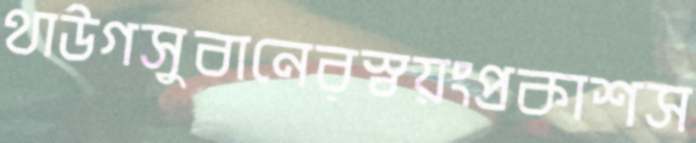
থাউগসুবানেরস্বয়ংপ্রকাশস